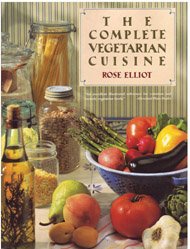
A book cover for Complete Vegetarian Cuisine; Rose Elliot; Health, Fitness & Dieting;